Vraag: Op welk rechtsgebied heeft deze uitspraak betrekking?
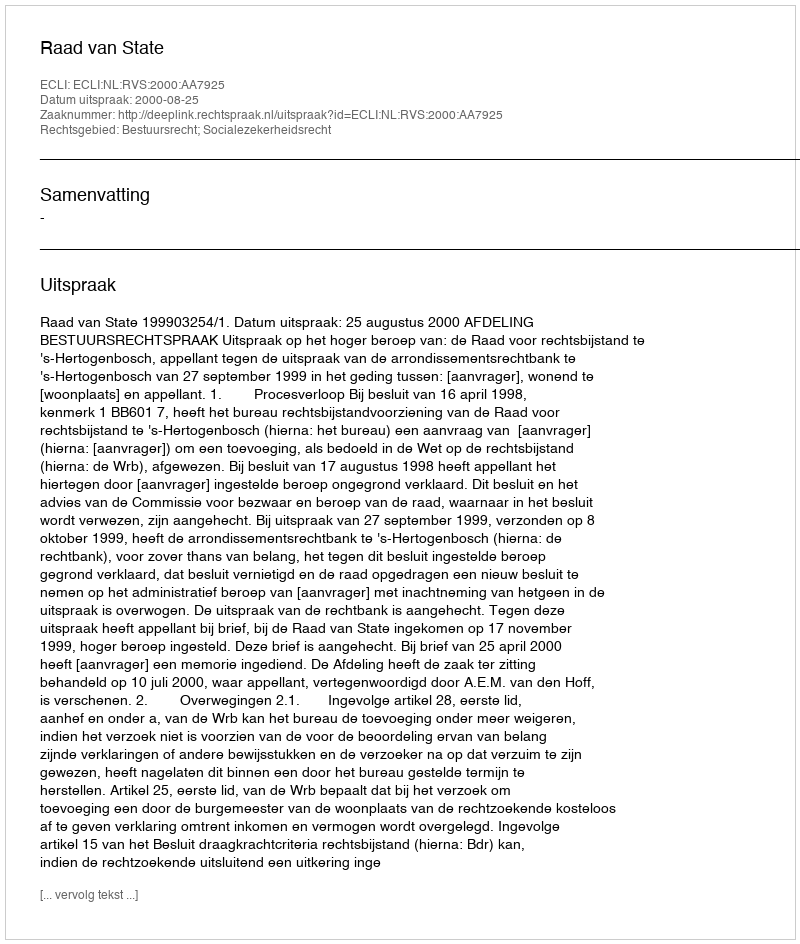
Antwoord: Bestuursrecht; Socialezekerheidsrecht